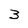
Character: 3